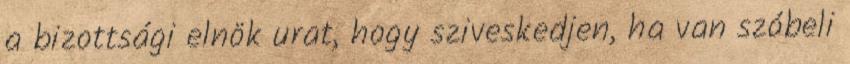
a bizottsági elnök urat, hogy sziveskedjen, ha van szóbeli